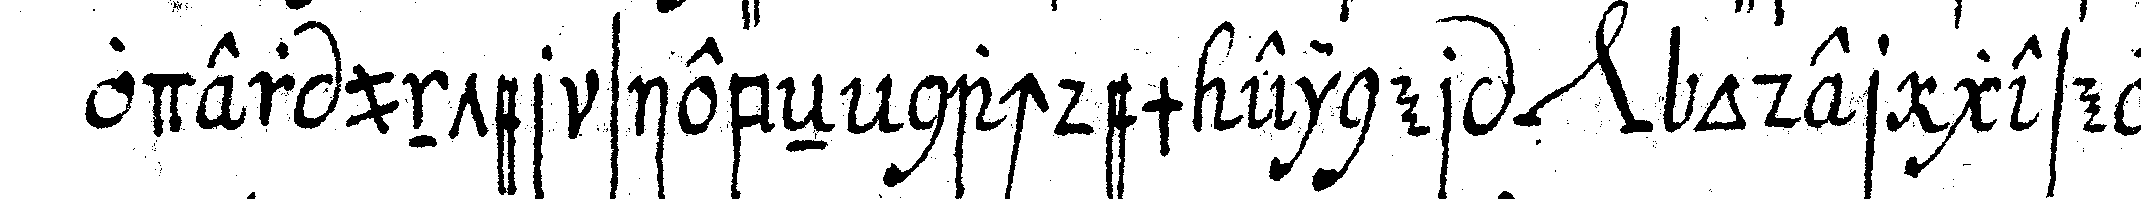
oder unter siebeN nachdem einer *nee* oder geselle